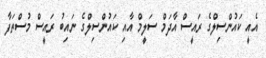
އެއީ ކައުންސިލްގެ ރައީސް އާދަމް ސަލީމް އާއި ކައުންސިލްގެ ނައިބު ރައީސް މުސްތަފާ